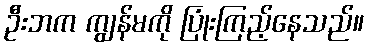
ဦးဘက ကျွန်မကို ပြုံးကြည့်နေသည်။